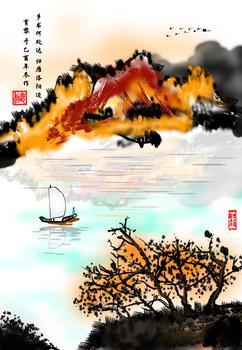
海日生残夜，江春入旧年。